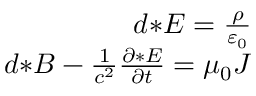
\begin{array} { r } { d { * } E = { \frac { \rho } { \varepsilon _ { 0 } } } } \\ { d { * } B - { \frac { 1 } { c ^ { 2 } } } { \frac { \partial { * } E } { \partial t } } = { \mu _ { 0 } } J } \end{array}